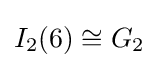
I_{2}(6)\cong G_{2}